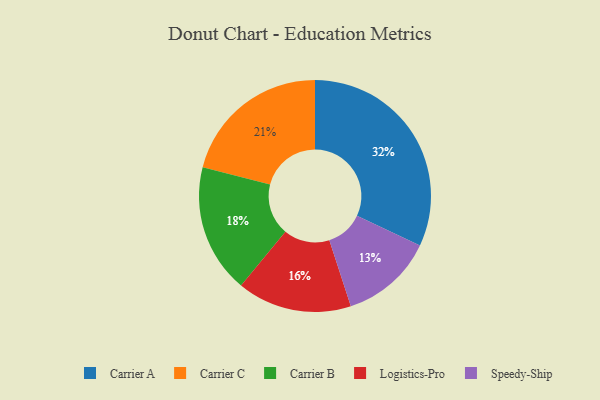
{"axis": {"x": "Category", "y": "Percentage"}, "legend": ["Carrier A", "Carrier B", "Carrier C", "Logistics-Pro", "Speedy-Ship"], "data": [{"x": "Carrier C", "y": 21, "type": "Carrier C"}, {"x": "Carrier B", "y": 18, "type": "Carrier B"}, {"x": "Carrier A", "y": 32, "type": "Carrier A"}, {"x": "Speedy-Ship", "y": 13, "type": "Speedy-Ship"}, {"x": "Logistics-Pro", "y": 16, "type": "Logistics-Pro"}]}